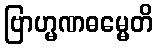
ဗြာဟ္မဏဓမ္မေတိ